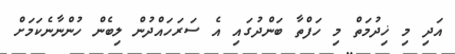
އަދި މި ޚިދުމަތް މި ހަފްތާ ބަންދުގައި އެ ސަރަހައްދުން ލިބެން ހުންނާނެކަމަށް